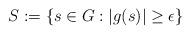
LaTeX: \begin{align*}S:=\{s\in G:|g(s)|\ge \epsilon\}\end{align*}